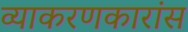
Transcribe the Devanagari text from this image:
व्याकरणकारांस